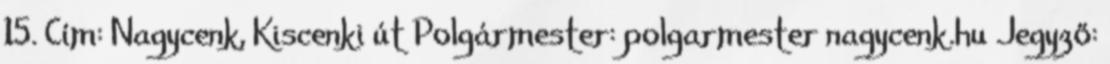
15. Cím: Nagycenk, Kiscenki út Polgármester: polgarmester nagycenk.hu Jegyző: